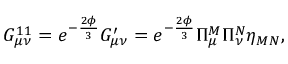
G _ { \mu \nu } ^ { 1 1 } = e ^ { - \frac { 2 \phi } { 3 } } G _ { \mu \nu } ^ { \prime } = e ^ { - \frac { 2 \phi } { 3 } } \Pi _ { \mu } ^ { M } \Pi _ { \nu } ^ { N } \eta _ { M N } ,